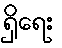
ရှိရေး